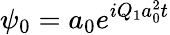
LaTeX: \psi_{0}=a_{0}e^{iQ_{1}a_{0}^{2}t}